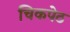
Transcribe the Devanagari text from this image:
चिकपेठ